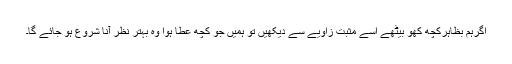
اگرہم بظاہرکچھ کھو بیٹھے اسے مثبت زاویے سے دیکھیں تو ہمیں جو کچھ عطا ہوا وہ بہتر نظر آنا شروع ہو جائے گا۔